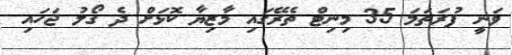
ވަނީ ފުރަތަމަ 35 މިނިޓް ތެރޭގައި މާޒިޔާ ކޮޅަށް ދެ ގޯލު ޖަހައި